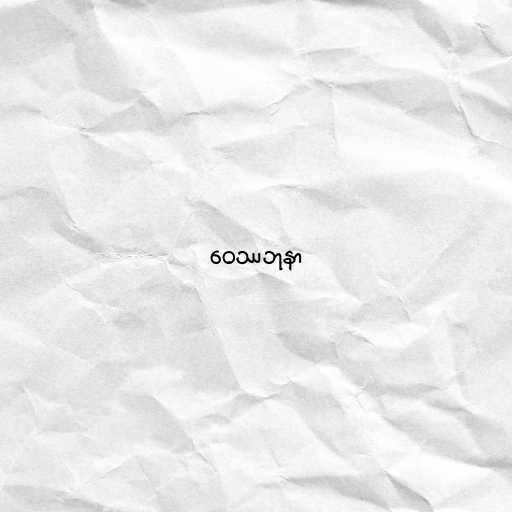
ဝေဿဘုနာ